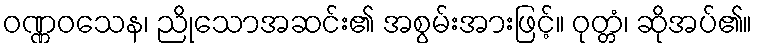
ဝဏ္ဏဝသေန၊ ညိုသောအဆင်း၏ အစွမ်းအားဖြင့်။ ဝုတ္တံ၊ ဆိုအပ်၏။